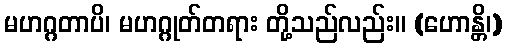
မဟဂ္ဂတာပိ၊ မဟဂ္ဂုတ်တရား တို့သည်လည်း။ (ဟောန္တိ၊)